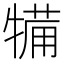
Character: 犕